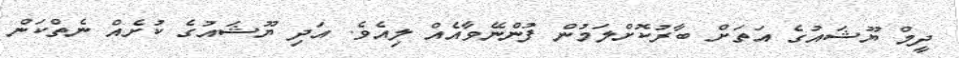
ދީމް ޔޫޝައުގެ އަތަށް ބާރުކޮށްލަމުން ފުންނޭވާއެއް ލިއެވެ. އަދި ޔޫޝައުގެ ކުށެއް ނެތްކަން